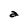
Character: a